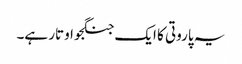
یہ پاروتی کا ایک جنگجو اوتار ہے۔